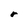
Character: r